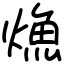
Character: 龽